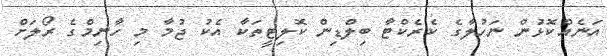
އަނެއްކޮޅުން ނަހުލާގެ ކެރެކްޓާ ބިލްޑިން ކޮލިޓީތަކާ އެކު ޖުމާ މި ހާނިމްގެ ރޯލަށް